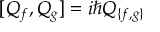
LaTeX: [ Q _ { f } , Q _ { g } ] = i \hbar Q _ { \{ f , g \} } ~